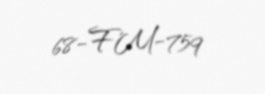
68-FM-759